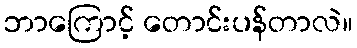
ဘာကြောင့် တောင်းပန်တာလဲ။